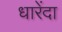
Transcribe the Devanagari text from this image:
धारेंदा